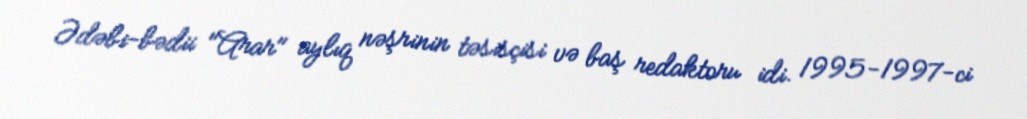
Ədəbi-bədii "Arar" aylıq nəşrinin təsisçisi və baş redaktoru idi. 1995-1997-ci